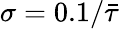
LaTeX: \sigma=0.1/\bar{\tau}